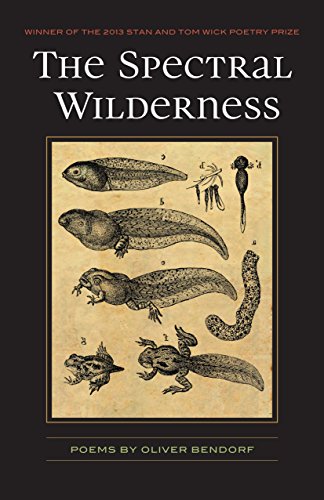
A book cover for The Spectral Wilderness (Wick Poetry First Book); Oliver Bendorf; Gay & Lesbian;